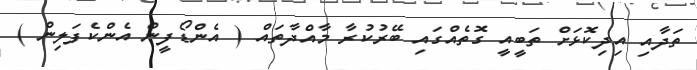
ތަދާއި އިދިކޮޅަށް ތަބީއީ ގޮތެއްގައި ބޭރުކުރާ މާއްދާތައް ( އެންޑޯފީން އެންކެފަލިން )